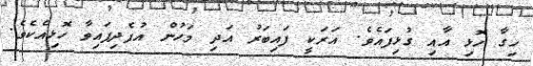
ހިގާ ހޮޅި އާއި ގުޅިފައެވެ. އަރަކީ ފައިބަރު އަދި މަހުން އުފެދިފައިވާ ހޮޅިއެކެވެ.